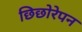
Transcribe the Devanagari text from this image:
छिछोरेपन